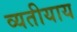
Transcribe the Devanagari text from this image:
व्यतीयाय